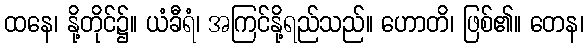
ထနေ၊ နို့တိုင်၌။ ယံခီရံ၊ အကြင်နို့ရည်သည်။ ဟောတိ၊ ဖြစ်၏။ တေန၊